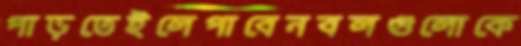
পাড়তেইলেপাবেনবলগুলোকে